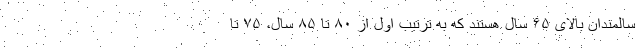
سالمندان بالای ۶۵ سال هستند که به ترتیب اول از ۸۰ تا ۸۵ سال، ۷۵ تا